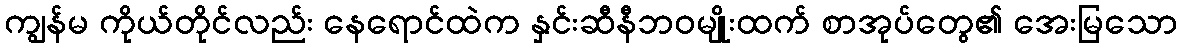
ကျွန်မ ကိုယ်တိုင်လည်း နေရောင်ထဲက နှင်းဆီနီဘဝမျိုးထက် စာအုပ်တွေ၏ အေးမြသော